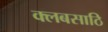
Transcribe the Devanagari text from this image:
क्लबसाठि